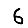
Digit: 6